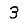
Digit: 3